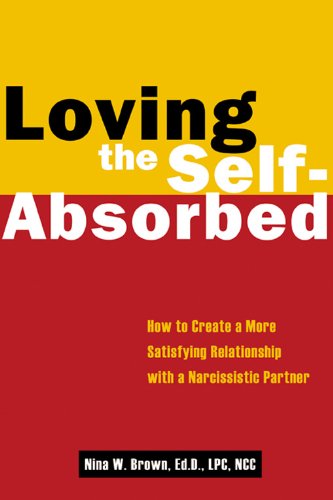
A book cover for Loving the Self-Absorbed: How to Create a More Satisfying Relationship with a Narcissistic Partner; Nina W Brown EdD  LPC; Health, Fitness & Dieting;